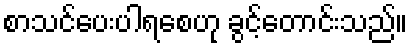
စာသင်ပေးပါရစေဟု ခွင့်တောင်းသည်။